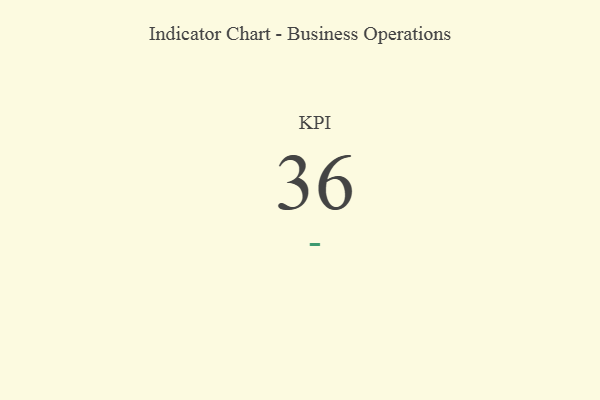
{"axis": {"x": "KPI", "y": "Value"}, "legend": [""], "data": [{"x": "KPI", "y": 36, "type": ""}]}